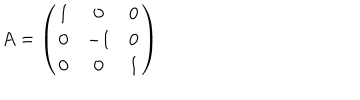
A = \left( \begin{matrix} { { 1 } } & { { 0 } } & { { 0 } } \\ { { 0 } } & { { - 1 } } & { { 0 } } \\ { { 0 } } & { { 0 } } & { { 1 } } \\ \end{matrix} \right)